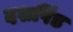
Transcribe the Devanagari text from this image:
दशपिंड